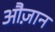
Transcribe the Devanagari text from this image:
औज़ान